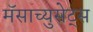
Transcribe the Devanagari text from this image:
मॅसाच्युसेट्स